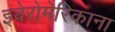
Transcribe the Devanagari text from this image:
इबेरोमेरिकाना